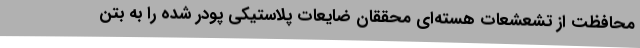
محافظت از تشعشعات هسته‌ای محققان ضایعات پلاستیکی پودر شده را به بتن